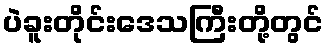
ပဲခူးတိုင်းဒေသကြီးတို့တွင်